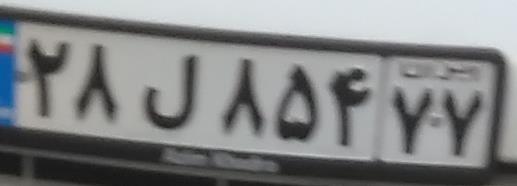
۲۸ل۸۵۴۷۷